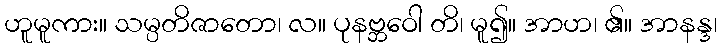
ဟူမူကား။ သမ္ပတိဇာတော၊ လ။ ပုနဗ္ဘဝေါ တိ၊ မူ၍။ အာဟ၊ ၏။ အာနန္ဒ၊